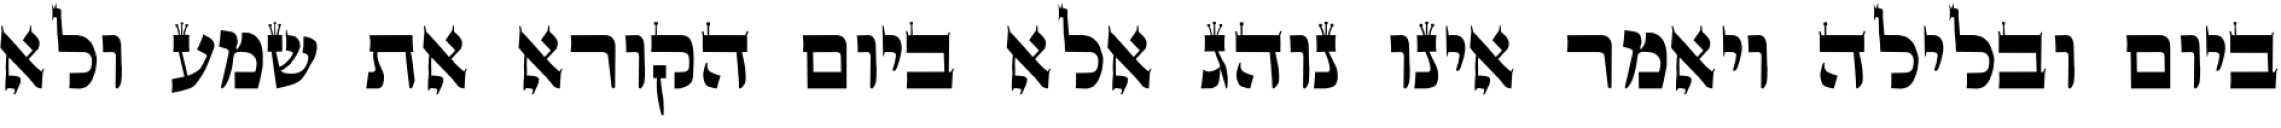
ביום ובלילה ויאמר אינו נוהג אלא ביום הקורא את שמע ולא